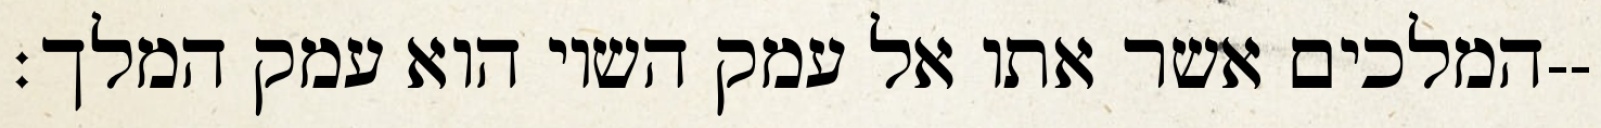
המלכים אשר אתו אל עמק השוי הוא עמק המלך׃--